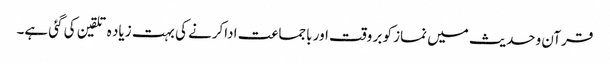
قرآن وحدیث میں نماز کو بر وقت اور باجماعت اداکرنے کی بہت زیاد ہ تلقین کی گئی ہے۔